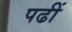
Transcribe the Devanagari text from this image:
पढीं